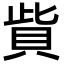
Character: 貲